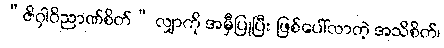
“ဇိဝှါဝိညာဏ်စိတ်” လျှာကို အမှီပြုပြီး ဖြစ်ပေါ်လာတဲ့ အသိစိတ်၊